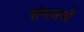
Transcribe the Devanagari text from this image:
संमजनों